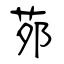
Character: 茒